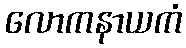
လောကနာယကံ